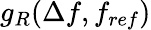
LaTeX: g_{R}(\Delta f,f_{ref})